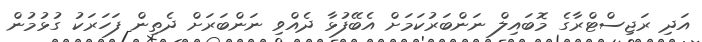
އަދި ރަޖިސްޓްރާގެ މޮބައިލް ނަންބަރުކަމަށް އެބޭފުޅާ ދެއްވި ނަންބަރަށް ދެތިން ފަހަރަކު ގުޅުމުން